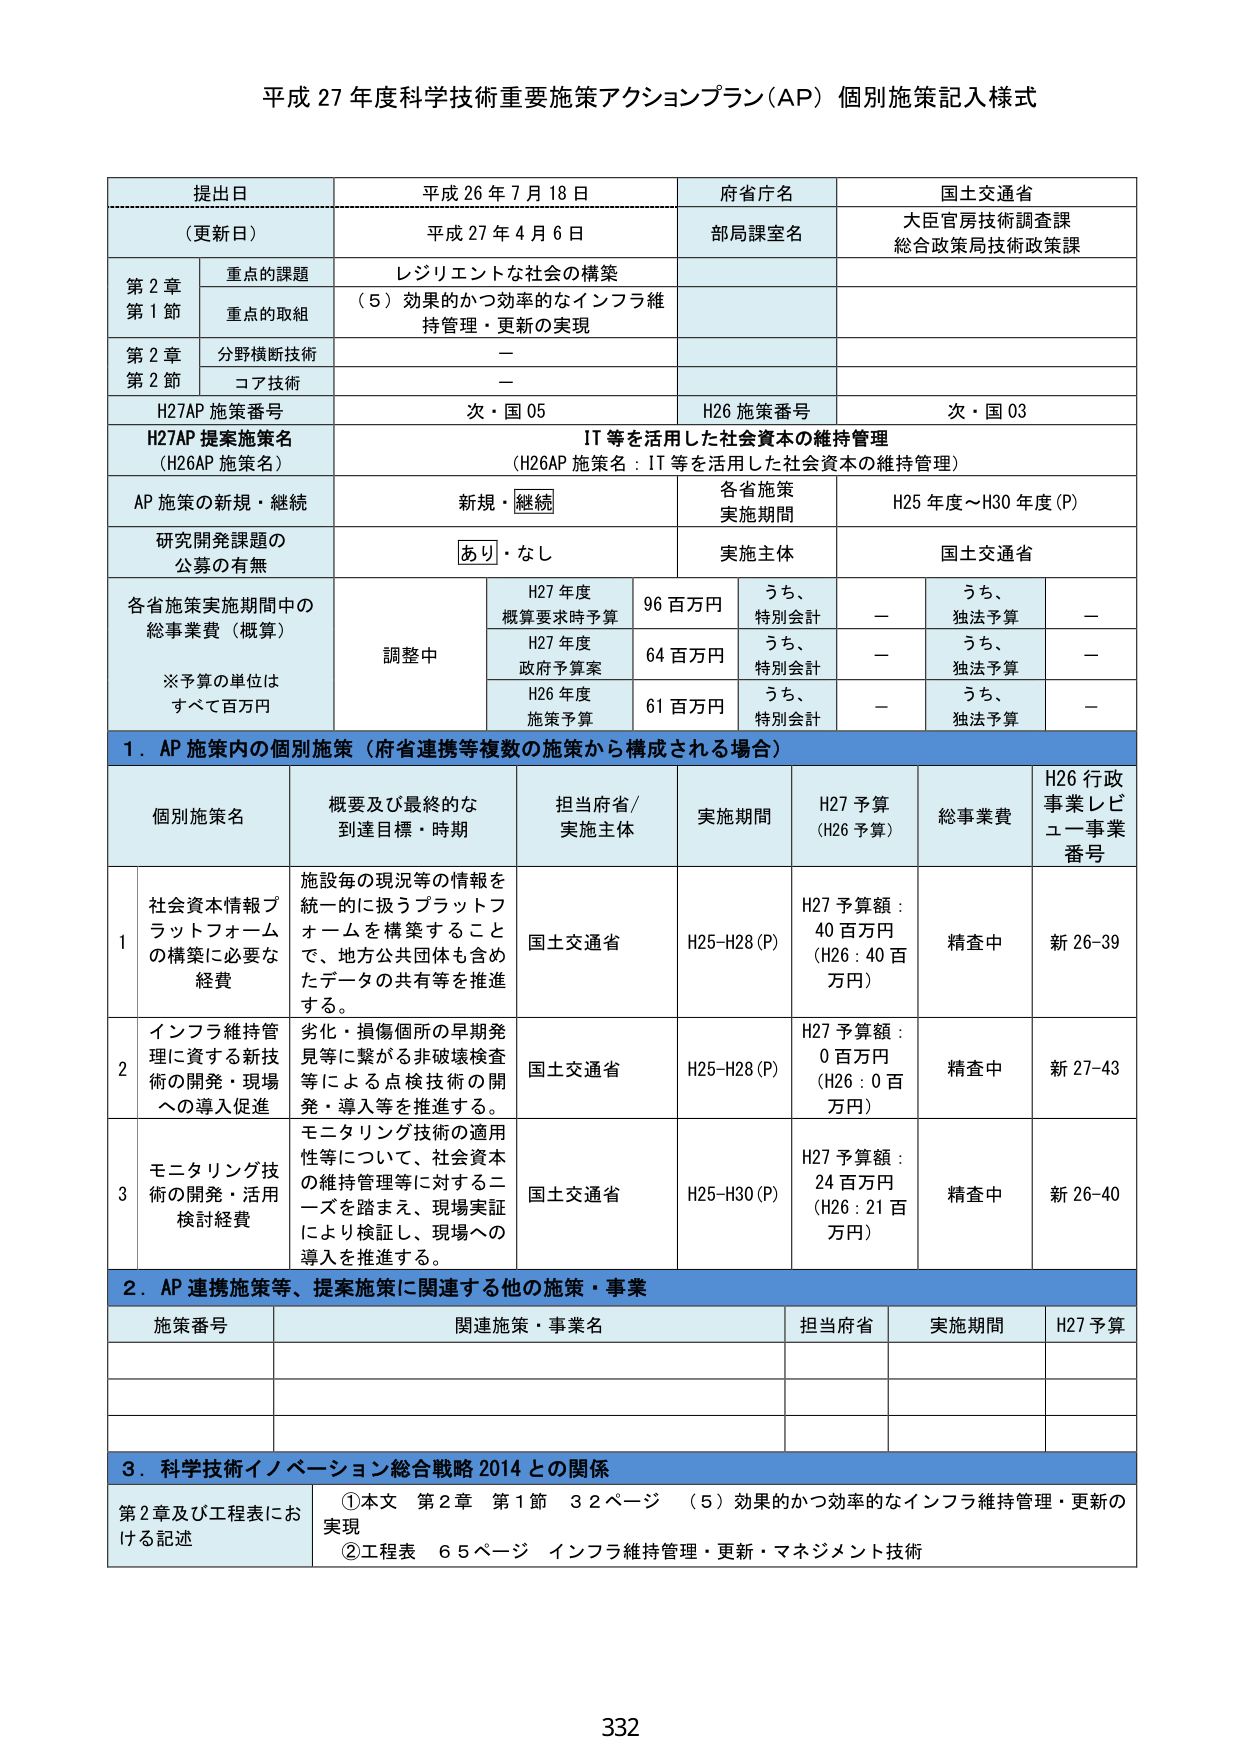
平成 27 年度科学技術重要施策アクションプラン（AP）個別施策記入様式

提出日 平成 26 年 7 月 18 日
（更新日） 平成 27 年 4 月 6 日
府省庁名 国土交通省
部局課室名 大臣官房技術調査課
総合政策局技術政策課

第 2 章 重点の課題 レジリエントな社会の構築
第 1 節 重点の取組 （5）効果的かつ効率的なインフラ維持管理・更新の実現

第 2 章 分野横断技術 －
第 2 節 コア技術 －

H27AP 施策番号 次・国 05
H26 施策番号 次・国 03

H27AP 提案施策名 IT 等を活用した社会資本の維持管理
（H26AP 施策名） （H26AP 施策名：IT 等を活用した社会資本の維持管理）

AP 施策の新規・継続 新規・継続
各省施策実施期間 H25 年度～H30 年度（P）

研究開発課題の公募の有無 あり・なし
実施主体 国土交通省

各省施策実施期間中の総事業費（概算）
※予算の単位はすべて百万円
H27 年度概算要求時予算 96 百万円 うち、特別会計 － うち、独法予算 －
H27 年度政府予算案 64 百万円 うち、特別会計 － うち、独法予算 －
H26 年度施策予算 61 百万円 うち、特別会計 － うち、独法予算 －
調整中

1．AP 施策内の個別施策（府省連携等複数の施策から構成される場合）

個別施策名 概要及び最終的な到達目標・時期 担当府省/実施主体 実施期間 H27 予算（H26 予算） 総事業費 H26 行政事業レビュー事業番号

1 社会資本情報プラットフォームの構築に必要な経費 施設毎の現況等の情報を統一的に扱うプラットフォームを構築することで、地方公共団体も含めたデータの共有等を推進する。 国土交通省 H25-H28（P） H27 予算額：40 百万円（H26：40 百万円） 精査中 新 26-39

2 インフラ維持管理に資する新技術の開発・現場への導入促進 劣化・損傷個所の早期発見等に繋がる非破壊検査等による点検技術の開発・導入等を推進する。 国土交通省 H25-H28（P） H27 予算額：0 百万円（H26：0 百万円） 精査中 新 27-43

3 モニタリング技術の開発・活用検討経費 モニタリング技術の適用性等について、社会資本の維持管理等に対するニーズを踏まえ、現場実証により検証し、現場への導入を推進する。 国土交通省 H25-H30（P） H27 予算額：24 百万円（H26：21 百万円） 精査中 新 26-40

2．AP 連携施策等、提案施策に関連する他の施策・事業

施策番号 関連施策・事業名 担当府省 実施期間 H27 予算

3．科学技術イノベーション総合戦略 2014 との関係

第 2 章及び工程表における記述 ①本文 第 2 章 第 1 節 32 ページ （5）効果的かつ効率的なインフラ維持管理・更新の実現
②工程表 65 ページ インフラ維持管理・更新・マネジメント技術

332